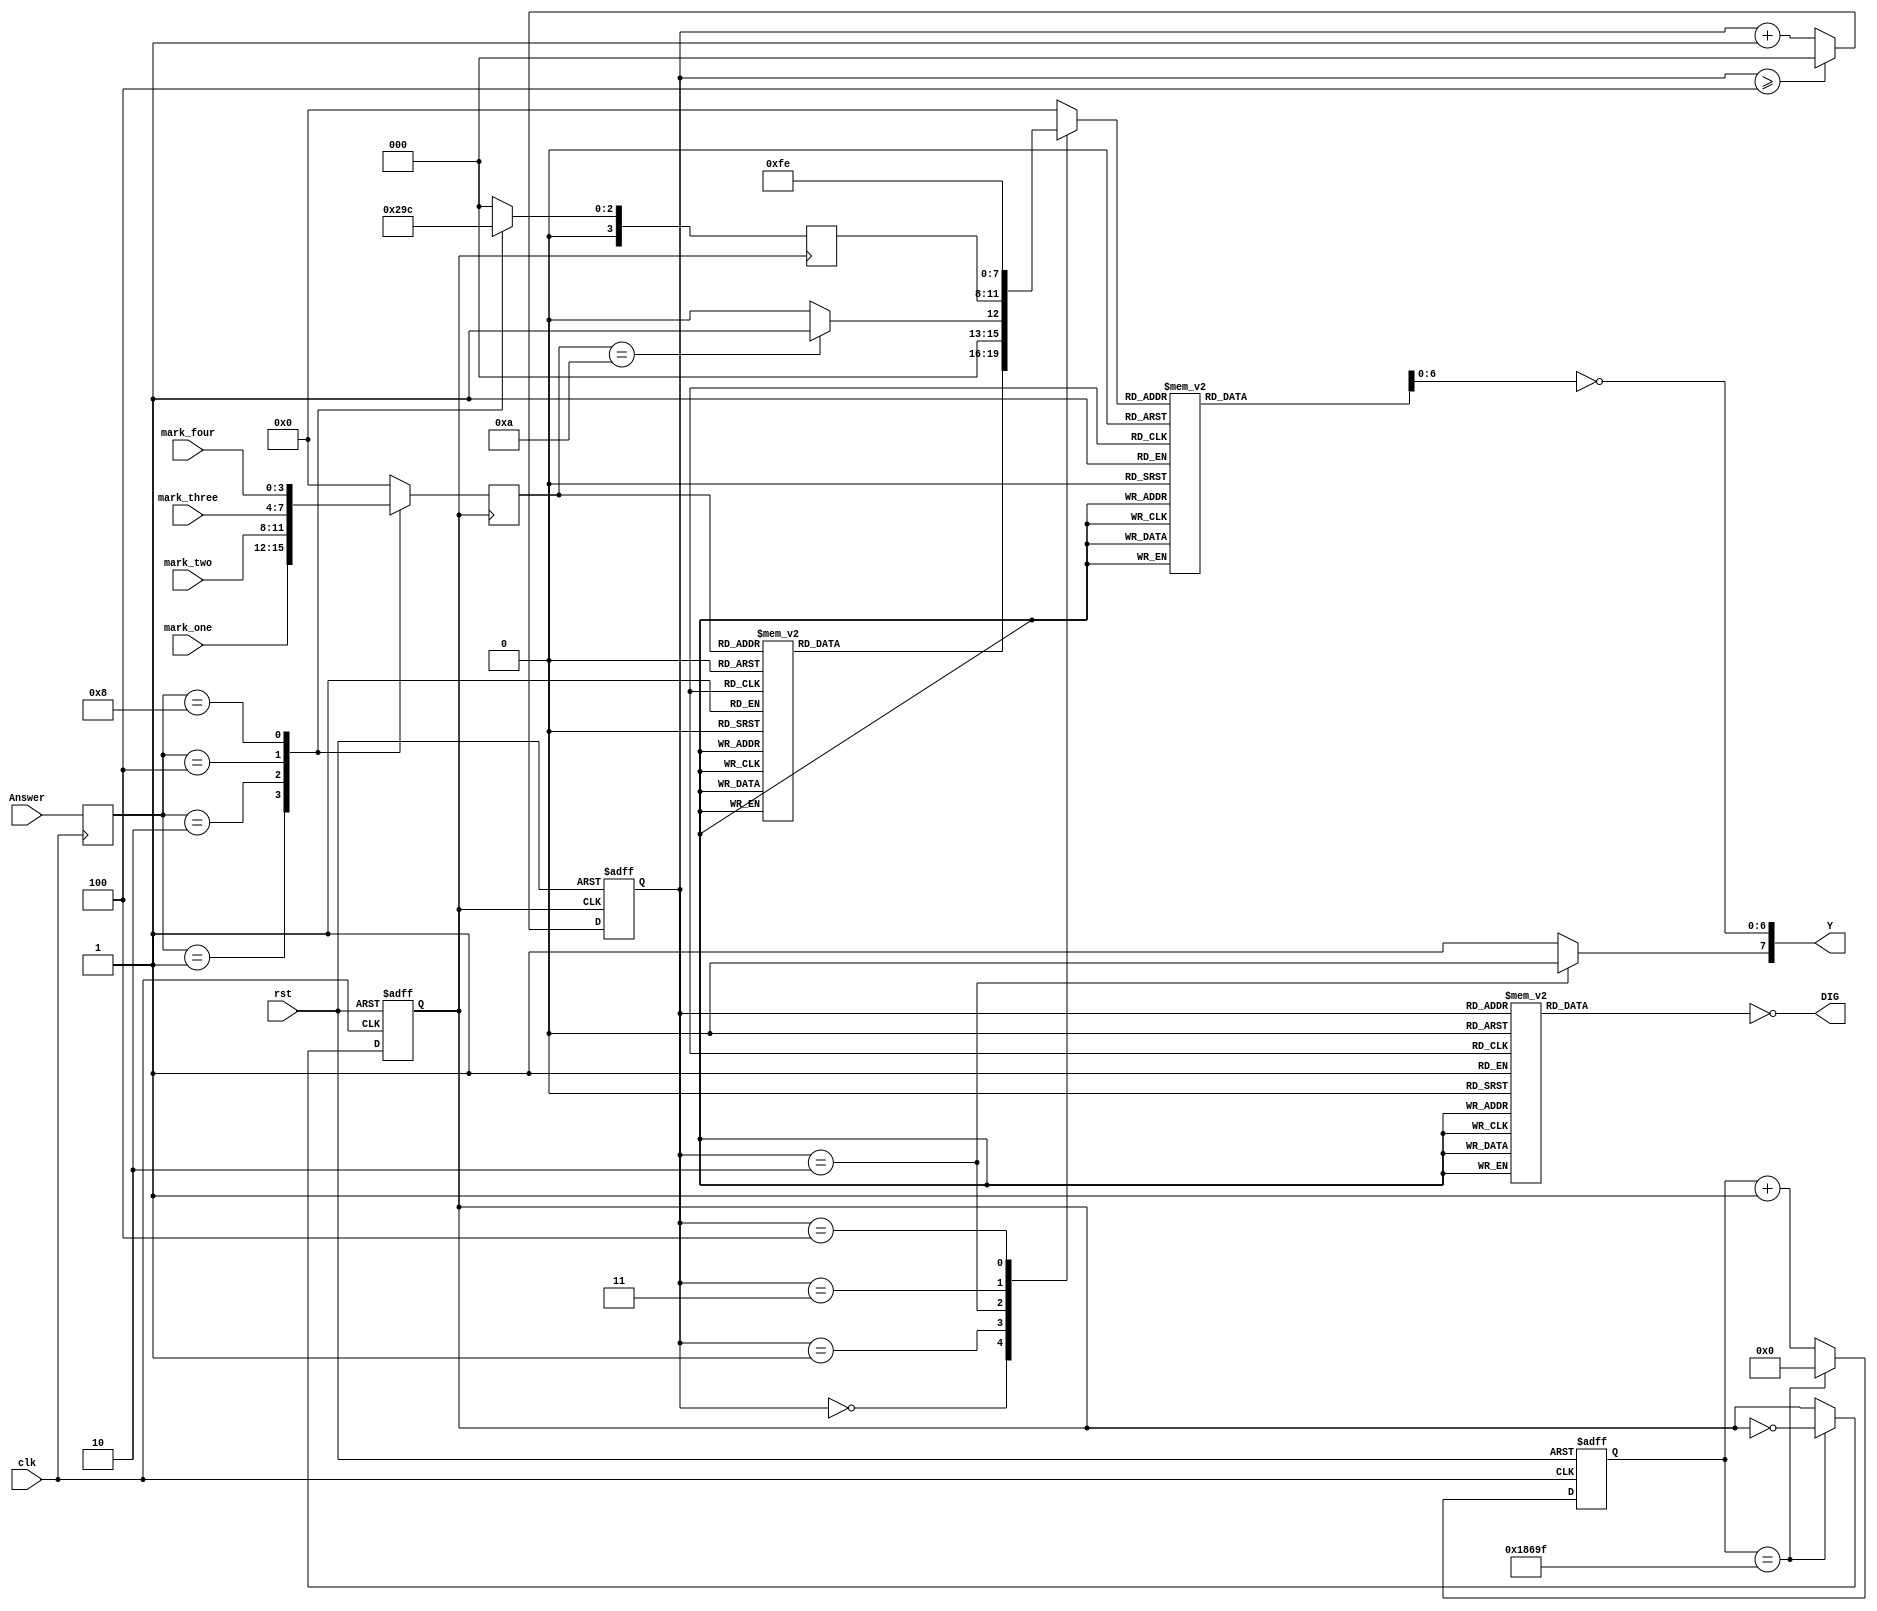
`timescale 1ns / 1ps


module Display_Mark(
input rst,
input clk,

input [3:0] Answer,
input [3:0]mark_one,//players' mark
input [3:0]mark_two,
input [3:0]mark_three,
input [3:0]mark_four,
output [7:0]DIG,//seg_en
output [7:0]Y//seg_out

);
reg clkout;
reg[31:0] cnt;
reg [2:0] scan_cnt;  //Scanning which tube
reg point;//Decimal point of each nixie tube
parameter period = 200000;
reg [7:0]  Y_r;
reg [7:0]  DIG_r;
reg [3:0] mark;
reg [3:0]  q;
reg [3:0] answerBoy;//the one who answer the question
reg [3:0] keepAnswer;//also the one who answer the question but its for other uses

   
assign Y = {point,(~Y_r[6:0])};
assign DIG = ~DIG_r;

always@(posedge clk)
begin
keepAnswer <= Answer;
end
//check the answerer
always@ (posedge clkout)//keepAnswer,mark_one,mark_two,mark_three,mark_four
begin
    case(keepAnswer)
        4'b0001 :
        begin
            mark <= mark_one;
            answerBoy <= 4'b0001;
        end
        4'b0010 : 
        begin
            mark <= mark_two;
            answerBoy <= 4'b0010;
        end
        4'b0100 : 
        begin
            mark <= mark_three;
            answerBoy <= 4'b0011;
        end
        4'b1000 :
        begin
            mark <= mark_four;
            answerBoy <= 4'b0100;
        end
        default : 
        begin 
        mark <= 4'b0;
        answerBoy <= 4'b0000;
        end
    endcase
end



//embeded frequency divider
always @(posedge clk or negedge rst)
//always @(posedge clk)
begin
    if((~rst))
    begin
        cnt <= 0;
        clkout <= 0;
    end
    else begin
    if(cnt == (period >> 1) - 1)
        begin
            clkout <= ~clkout;
            cnt <= 0; 
        end
        else
            cnt <= cnt + 32'b1;
    end
end
   

//Scan the digital tube according to clk_out frequency
always @(posedge clkout or negedge rst)
begin
   if (!rst)
   begin
            scan_cnt <= 0; 
   end
   else
   begin
        scan_cnt <= scan_cnt + 1;
        if (scan_cnt >= 3'b100)
            scan_cnt <= 0;
   end
end

//Judging the number of digital tubes
always @(scan_cnt)
begin
    case(scan_cnt)
        3'b000 : DIG_r = 8'b0000_0001;
        3'b001 : DIG_r = 8'b0000_0010;
        3'b010 : DIG_r = 8'b0000_0100;
        3'b011 : DIG_r = 8'b0000_1000;
        3'b100 : DIG_r = 8'b0001_0000;
        3'b101 : DIG_r = 8'b0010_0000;
        3'b110 : DIG_r = 8'b0100_0000;
        3'b111 : DIG_r = 8'b1000_0000;
        default :DIG_r = 8'b0000_0000;
    endcase
end


//Determine the display value of the current scanning diode
always @(scan_cnt)
begin
case(scan_cnt)
    3'b000 : 
    begin
        case(mark)
            0 : q = 4'd0;
            1 : q = 4'd1;
            2 : q = 4'd2;
            3 : q = 4'd3;
            4 : q = 4'd4;
            5 : q = 4'd5;
            6 : q = 4'd6;
            7 : q = 4'd7;
            8 : q = 4'd8;
            9 : q = 4'd9;
            10: q = 4'd0;
            default: q = 4'd0;
        endcase;
    end
    3'b001 :
        begin
            case(mark)
                10: q = 4'd1;
                default: q = 4'd0;
            endcase;
        end
    3'b010 : q = answerBoy;
    3'b011 : q = 4'b1111;//15
    3'b100 : q = 4'b1110;//14
    default: q = 4'b0000;
endcase
end

//Determine if the decimal point is lit

always @(scan_cnt)
begin
case(scan_cnt)
    3'b000 : point = 1;
    3'b001 : point = 1;
    3'b010 : point = 0;
    3'b011 : point = 1;
    3'b100 : point = 1;
    3'b101 : point = 1;
    default: point = 1;
endcase

end

//set the seg with q

always @(scan_cnt)
begin
   case (q)
       0 : Y_r = 7'b0111111; //0
       1 : Y_r = 7'b0000110; //1
       2 : Y_r = 7'b1011011; //2
       3 : Y_r = 7'b1001111; //3
       4 : Y_r = 7'b1100110; //4
       5 : Y_r = 7'b1101101; //5
       6 : Y_r = 7'b1111101; //6
       7 : Y_r = 7'b0100111; //7
       8 : Y_r = 7'b1111111; //8
       9 : Y_r = 7'b1100111; //9
       10: Y_r = 7'b0111000; //L
       11: Y_r = 7'b0111000; //L
       12: Y_r = 7'b1111001; //E
       13: Y_r = 7'b1110110; //H
       14: Y_r = 7'b0110111; //n
       15: Y_r = 7'b0111111; //o
       default: Y_r = 7'b0000000;
   endcase 
end
    
endmodule